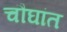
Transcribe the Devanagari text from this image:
चौघांत